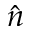
\hat { n }